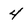
Character: 4